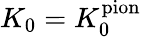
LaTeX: K_{0}=K_{0}^{\textrm{pion}}